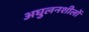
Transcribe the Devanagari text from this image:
अघुलनशीलों